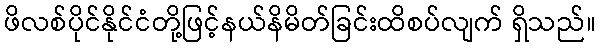
ဖိလစ်ပိုင်နိုင်ငံတို့ဖြင့်နယ်နိမိတ်ခြင်းထိစပ်လျက် ရှိသည်။